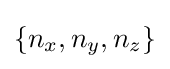
\{n_{x},n_{y},n_{z}\}